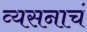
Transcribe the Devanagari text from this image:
व्यसनाचं